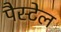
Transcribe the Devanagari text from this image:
पैस्टेल